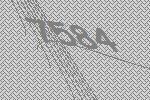
7584